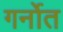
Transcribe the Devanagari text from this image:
गर्नोत